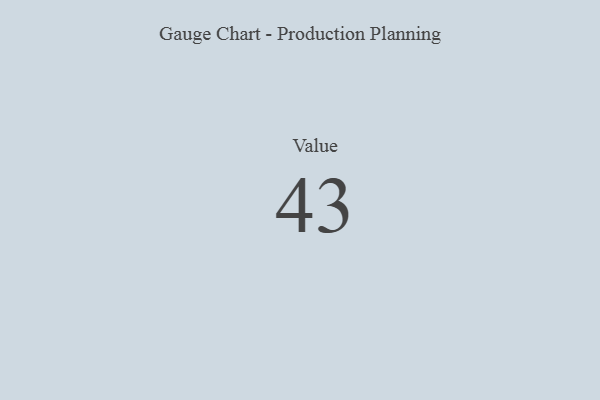
{"axis": {"x": "Metric", "y": "Value"}, "legend": [""], "data": [{"x": "Value", "y": 43, "type": ""}]}